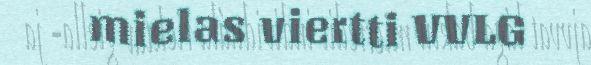
mielas viertti VVLG